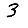
Digit: 3